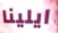
ايلينا